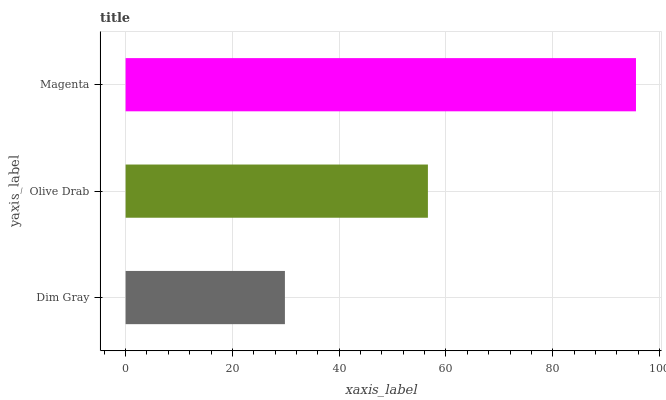
| yaxis_label | bars |
 | --- | --- |
 | Dim Gray | 29.8 |
 | Olive Drab | 56.6 |
 | Magenta | 95.6 |